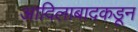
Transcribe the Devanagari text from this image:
आदिलाबादकडून